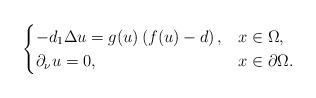
LaTeX: \begin{align*}\begin{cases}-d_1\Delta u=g(u)\left(f(u)-d\right),& x\in\Omega, \\ \partial_\nu u=0,& x\in \partial \Omega.\\ \end{cases}\end{align*}